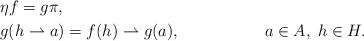
LaTeX: \begin{align*}&\eta f=g \pi,\\&g(h\rightharpoonup a)=f(h)\rightharpoonup g(a),&&a\in A,\;h\in H.\end{align*}